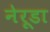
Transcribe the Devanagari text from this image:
नेरूडा